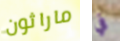
ماراثون في